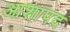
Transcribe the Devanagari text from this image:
आशापद